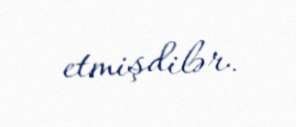
etmişdilər.